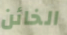
الخائن